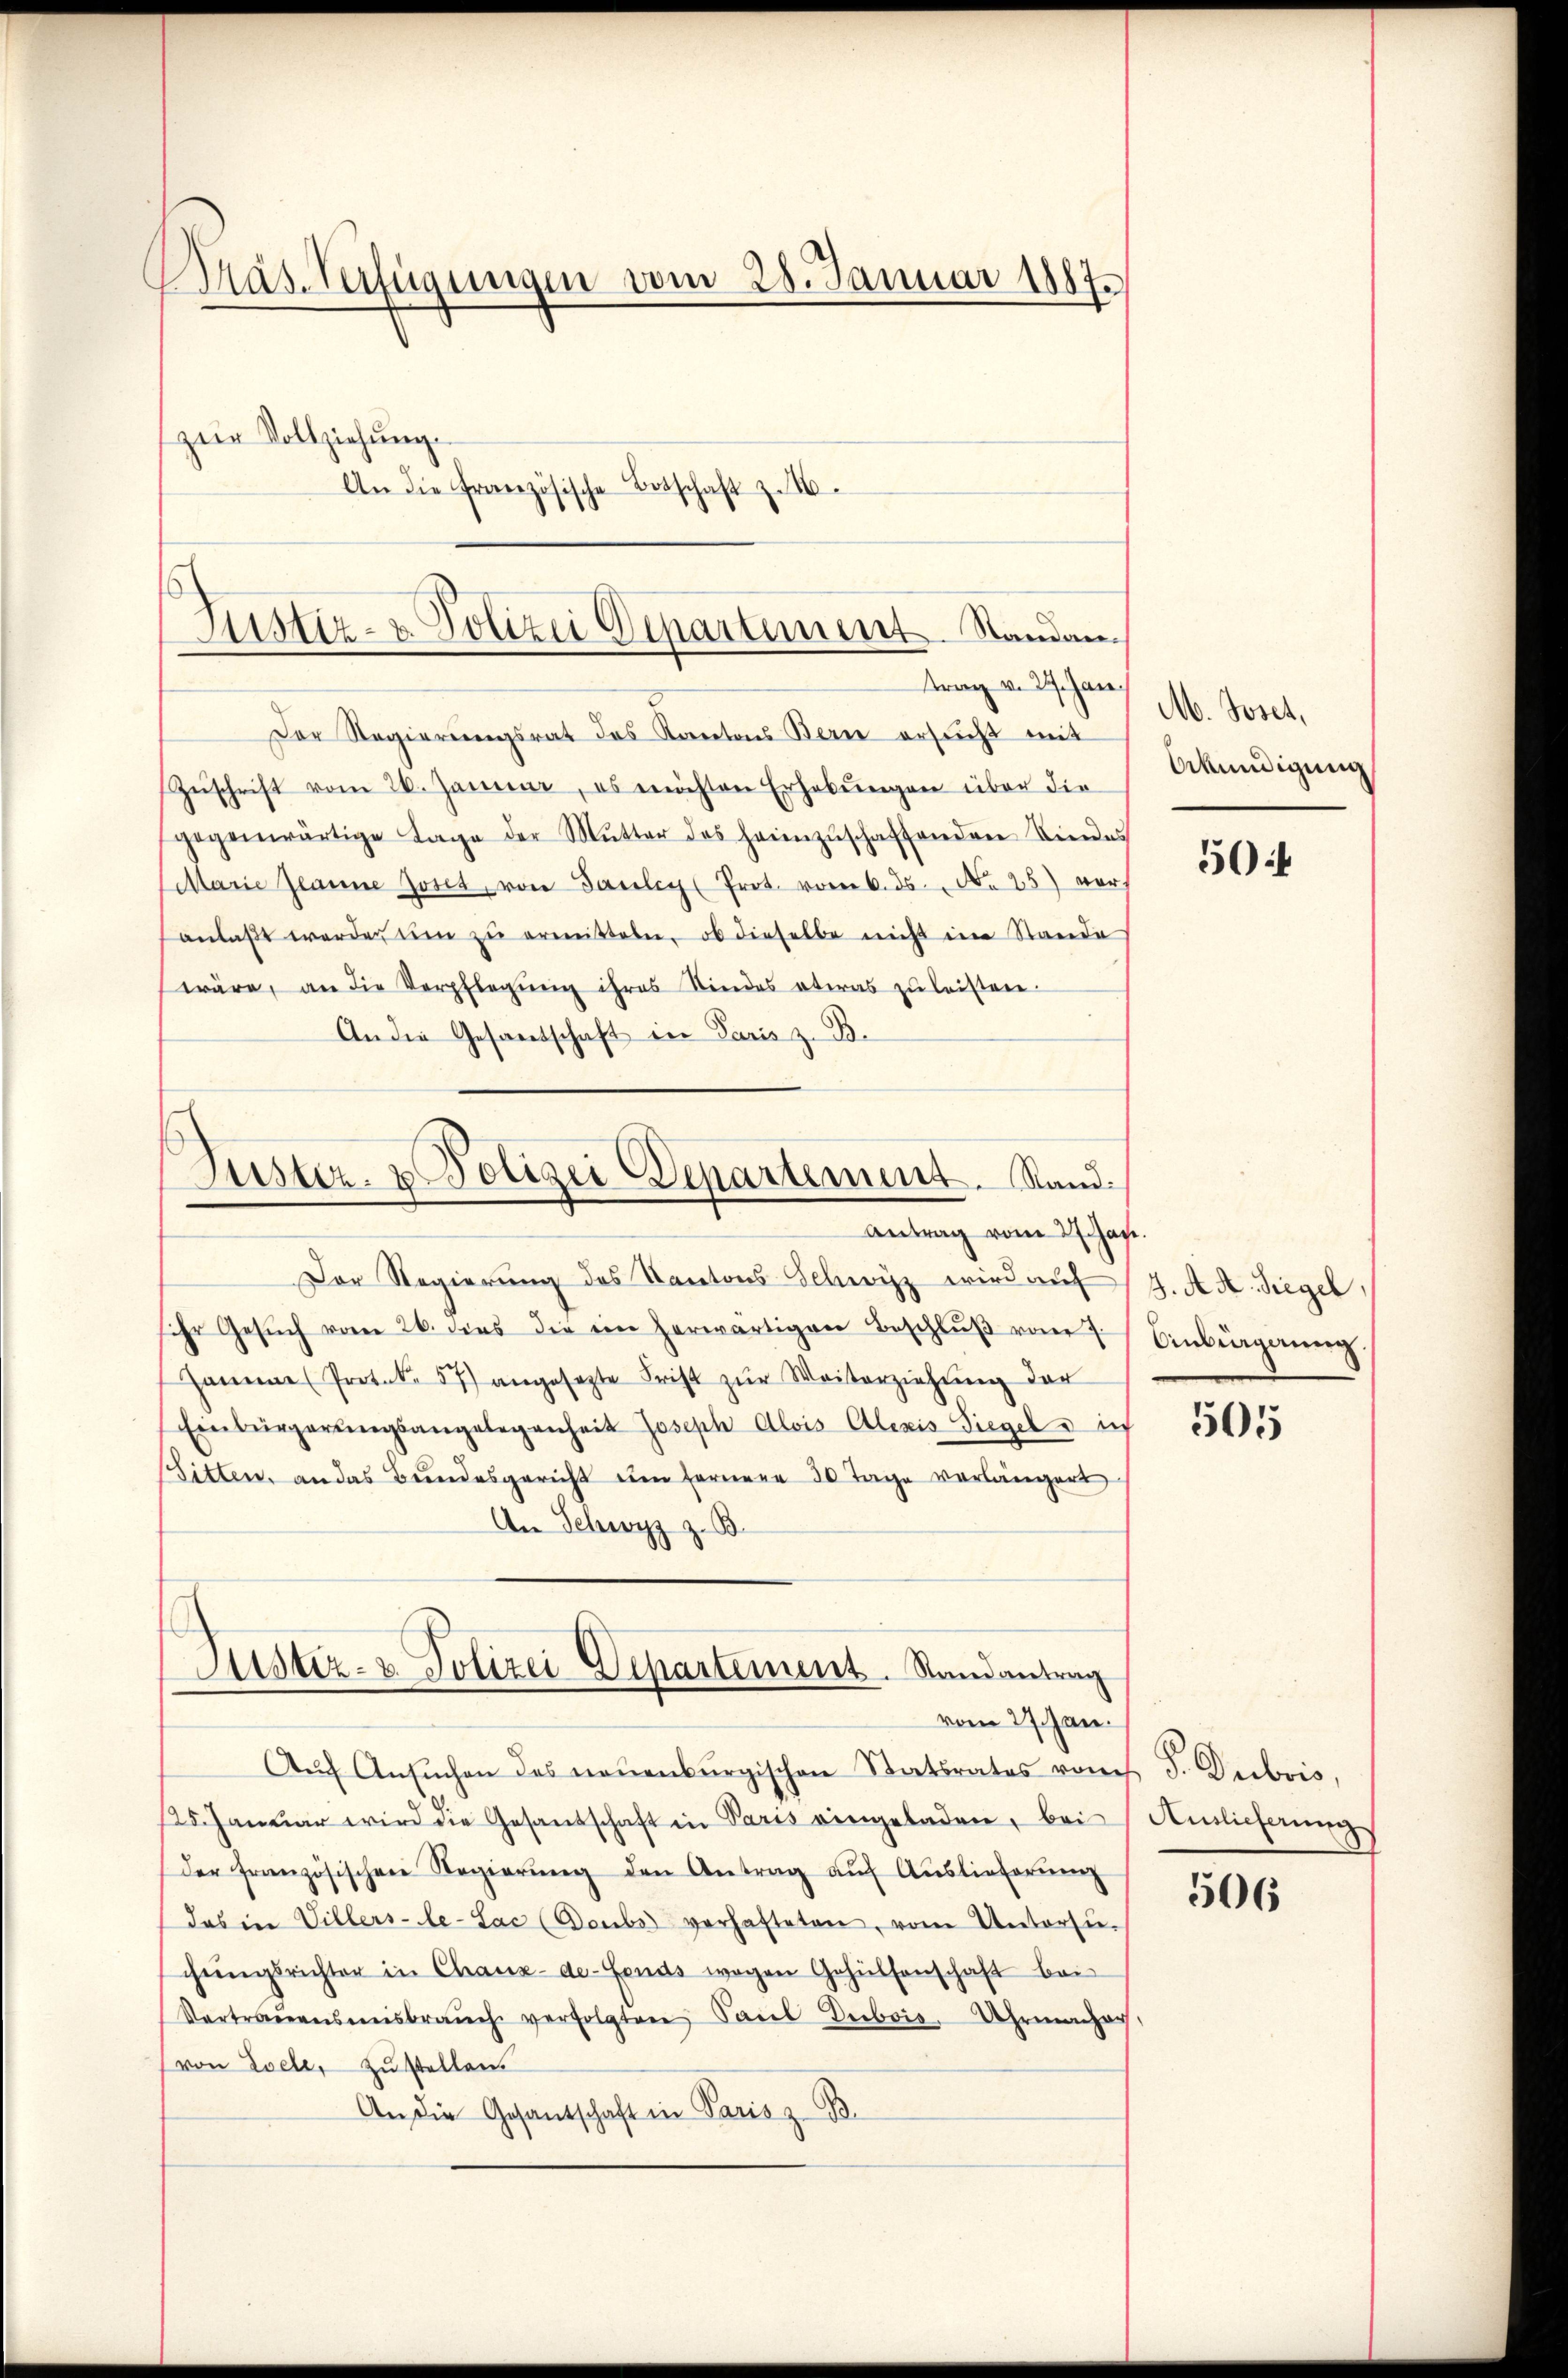
Bräs. Verfügungen vom 28. Januar 1887.
zŭr Vollziehung.
An die Französische Botschaft z. 16.

Justiz- & Polizei Departement. Standantrag v. 27. Jan

Der Regierungsrat des Kantons Bern ersucht mit
Zŭschrift vom 26. Januar, es möchten Erhebungen über die
gegenwärtige Tage der Mŭtter des heimzŭschaffenden Kindes
Marie Jeanne Joset, von Paulich Prot. vom 6. ds. N. 25) vor
anlaßt werden um zŭ ermeisteten, ob dieselbe nicht im Stande
wäre, an die Verpflegŭng ihres Kindes etwas zŭ leisten.
An die Gesandschaft in Paris z. B.

Der Regierŭng des Kantons Schwyz wird aŭf (4. A. Siegel
sihr Gesŭch vom 26. dies die ein herwärtigen Beschlŭβ vom 7. Einbürgerŭng.
Hamme Protok. 57) angesezte Frist zŭr Weiterziehung der
Einbergerungsangelegenheit Joseph Alois Alexis Siegel u. ich
Sitten, an das Bundesgericht um fernere 30 Tage verlängert
An Schwyz z. B.

Suster- & Polizei Departement. Stand.
Antrag vom 27. Jan.

Justiz- & Polizei Departement. Randantrag
vom 27. Jan.

Aŭf Ansŭchen des neuenburgischen Statsrates vom J. Dubois,
125. Januar wird die Gesandschaft in Paris eingeladen, bei
der französischen Regierŭng den Antrag aŭf Aŭslieferŭng
das in Villers-le-Lac (Deubs verhafteten, vom Unterzŭ-
chŭngsrichter in Chaux-de-Fonds wegen Gehülfenschaft bei
Vertrauensmisbrauch verfolgten Paul Dubois Uhrmacher,
von Loele, zustellen.
An die Gesantschaft in Paris z. B.

M. Joset,
Urkundigung

50

505

Auslieferung

506